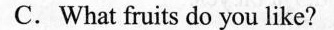
C.What fruits do you like?